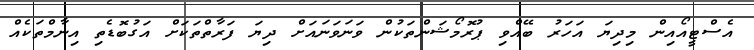
އެސްޓީއޯއިން މިދިޔަ އަހަރު ބޭއްވި ޕުރޮމޯޝަންތަކުން ވަނަވަނައަށް ދިޔަ ފަރާތްތަކަށް އަގުބޮޑެތި އިނާމްތަކެއް